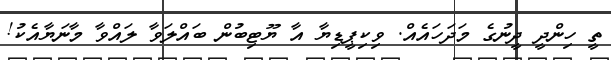
ތީ ހިންދީ ދީނުގެ މަދަހައެއް. ވިކިޕީޑިޔާ އާ ޔޫޓިބުން ބައްލަވާ ލައްވާ މާނަޔާއެކު!